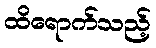
ထိရောက်သည့်